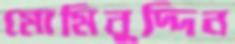
মোমিনুদ্দিন